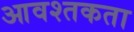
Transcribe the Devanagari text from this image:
आवश्तकता